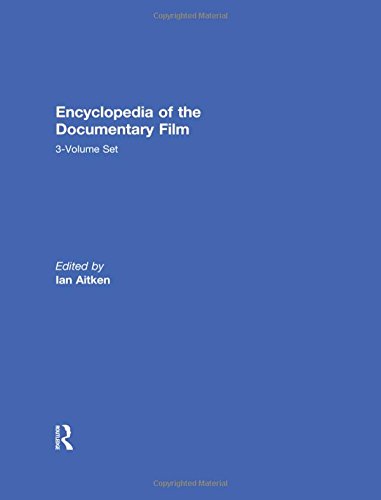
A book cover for Encyclopedia of the Documentary Film, 3 Volume Set; Humor & Entertainment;